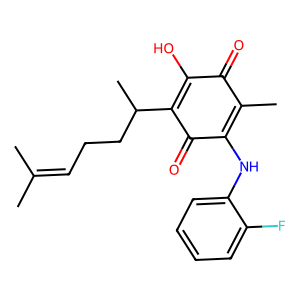
SMILES: CC(C)=CCCC(C)C1=C(O)C(=O)C(C)=C(Nc2ccccc2F)C1=O
Inhibits HIV replication: No